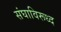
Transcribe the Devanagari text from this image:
संघाविरूध्द